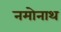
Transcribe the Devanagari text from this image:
नमोनाथ